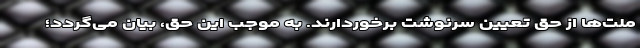
ملت‌ها از حق تعیین سرنوشت برخوردارند. به موجب این حق، بیان می‌گردد؛